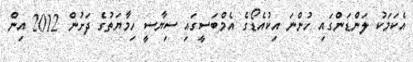
އެކަމަކު ލަންޑަންގައި ހުންނަ އިކުއެޑޯގެ އެމްބަސީގައި ސިޔާސީ ހިމާޔަތުގެ ދަށުން 2012 އިން